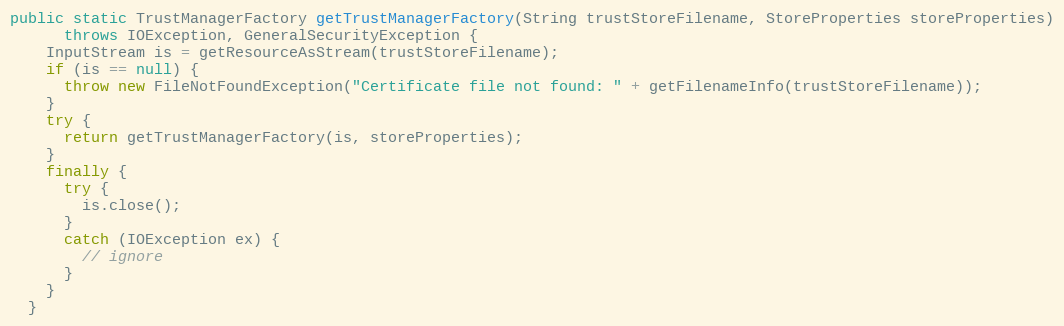
Language: Java
public static TrustManagerFactory getTrustManagerFactory(String trustStoreFilename, StoreProperties storeProperties)
      throws IOException, GeneralSecurityException {
    InputStream is = getResourceAsStream(trustStoreFilename);
    if (is == null) {
      throw new FileNotFoundException("Certificate file not found: " + getFilenameInfo(trustStoreFilename));
    }
    try {
      return getTrustManagerFactory(is, storeProperties);
    }
    finally {
      try {
        is.close();
      }
      catch (IOException ex) {
        // ignore
      }
    }
  }